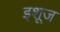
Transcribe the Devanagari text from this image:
इशूज